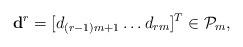
LaTeX: \begin{align*}\mathbf d^r = [d_{(r-1)m+1} \ldots d_{rm}]^T \in \mathcal P_m,\end{align*}